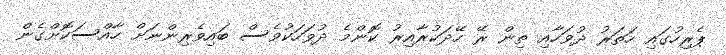
ޕެރިހުގައި ހަތަރު ދުވަހާއި ތިން ރޭ ހޭދަކުރާއިރު ކޮންމެ ދުވަހަކުވެސް ބައިވެރިންނަށް ހާއްސަކޮށްގެން